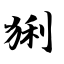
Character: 猁